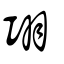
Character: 𦏼